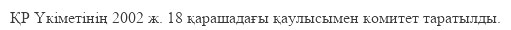
ҚР Үкіметінің 2002 ж. 18 қарашадағы қаулысымен комитет таратылды.